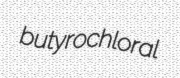
butyrochloral